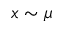
x \sim \mu